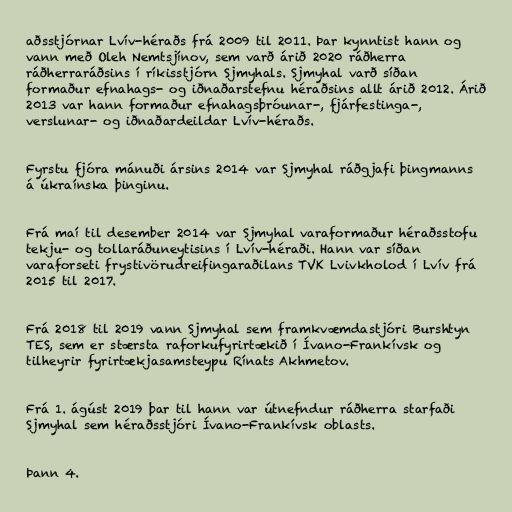
aðsstjórnar Lvív-héraðs frá 2009 til 2011. Þar kynntist hann og
vann með Oleh Nemtsjínov, sem varð árið 2020 ráðherra
ráðherraráðsins í ríkisstjórn Sjmyhals. Sjmyhal varð síðan
formaður efnahags- og iðnaðarstefnu héraðsins allt árið 2012. Árið
2013 var hann formaður efnahagsþróunar-, fjárfestinga-,
verslunar- og iðnaðardeildar Lvív-héraðs.

Fyrstu fjóra mánuði ársins 2014 var Sjmyhal ráðgjafi þingmanns
á úkraínska þinginu.

Frá maí til desember 2014 var Sjmyhal varaformaður héraðsstofu
tekju- og tollaráðuneytisins í Lvív-héraði. Hann var síðan
varaforseti frystivörudreifingaraðilans TVK Lvivkholod í Lvív frá
2015 til 2017.

Frá 2018 til 2019 vann Sjmyhal sem framkvæmdastjóri Burshtyn
TES, sem er stærsta raforkufyrirtækið í Ívano-Frankívsk og
tilheyrir fyrirtækjasamsteypu Rínats Akhmetov.

Frá 1. ágúst 2019 þar til hann var útnefndur ráðherra starfaði
Sjmyhal sem héraðsstjóri Ívano-Frankívsk oblasts.

Þann 4.